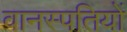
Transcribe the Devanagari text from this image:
वानस्पतियों